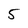
Character: 5